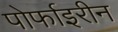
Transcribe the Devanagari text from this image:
पोर्फाइरीन